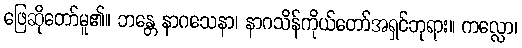
ဖြေဆိုတော်မူ၏။ ဘန္တေ နာဂသေနာ၊ နာဂသိန်ကိုယ်တော်အရှင်ဘုရား။ ကလ္လော၊